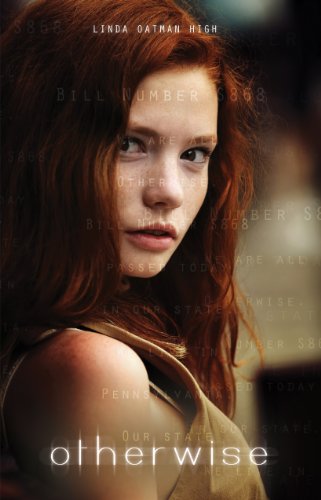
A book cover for Otherwise (Gravel Road); Linda Oatman High; Teen & Young Adult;